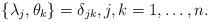
LaTeX: \begin{align*}\{\lambda_j,\theta_k\}=\delta_{jk},j,k=1,\dots,n.\end{align*}